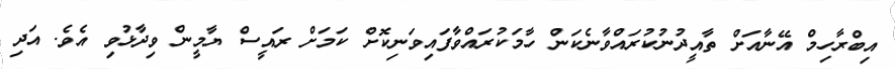
އިބްރާހިމް އޭނާއަށް ތާއީދުނުކުރައްވާނެކަން ހާމަކުރައްވާފައިވަނިކޮށް ކަމަށް ރައީސް ޔާމީން ވިދާޅުވި އެވެ. އަދި